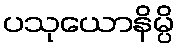
ပသုယောနိမ္ပိ